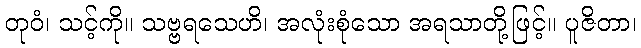
တုဝံ၊ သင့်ကို။ သဗ္ဗရသေဟိ၊ အလုံးစုံသော အရသာတို့ဖြင့်။ ပူဇိတာ၊